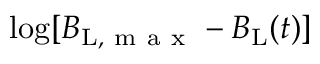
\log [ B _ { \mathrm { L } , \mathrm { ~ m ~ a ~ x ~ } } - B _ { \mathrm { L } } ( t ) ]